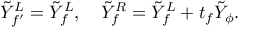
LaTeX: \tilde { Y } _ { f ^ { \prime } } ^ { L } = \tilde { Y } _ { f } ^ { L } , \quad \tilde { Y } _ { f } ^ { R } = \tilde { Y } _ { f } ^ { L } + t _ { f } \tilde { Y } _ { \phi } .